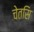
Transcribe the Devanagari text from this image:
चेतसि